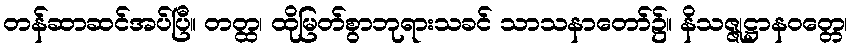
တန်ဆာဆင်အပ်ပြီ။ တတ္ထ၊ ထိုမြတ်စွာဘုရားသခင် သာသနာတော်၌။ နိသဇ္ဇုဋ္ဌာနဝတ္တေ၊